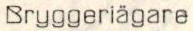
Bryggeriägare